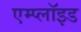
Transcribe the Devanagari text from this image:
एम्प्लॉइड